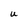
Character: u